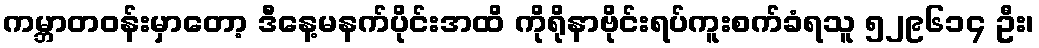
ကမ္ဘာတဝန်းမှာတော့ ဒီနေ့မနက်ပိုင်းအထိ ကိုရိုနာဗိုင်းရပ်ကူးစက်ခံရသူ ၅၂၉၆၁၄ ဦး၊